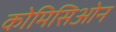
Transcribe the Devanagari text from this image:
कोमिसिओन